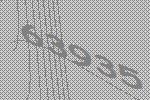
63935